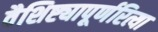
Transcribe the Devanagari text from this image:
वैशिष्ट्यापूर्णरित्या